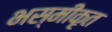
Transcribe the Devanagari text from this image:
भस्मीकृत